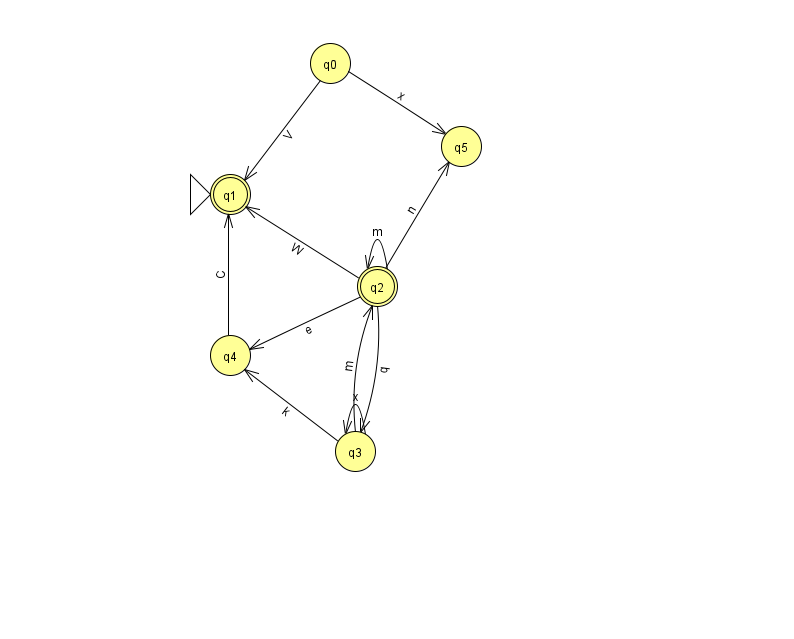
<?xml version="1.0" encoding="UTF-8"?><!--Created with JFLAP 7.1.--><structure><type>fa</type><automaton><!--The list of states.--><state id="0" name="q0"><x>330.0</x><y>50.0</y></state><state id="1" name="q1"><x>230.0</x><y>181.0</y><initial/><final/></state><state id="2" name="q2"><x>377.0</x><y>273.0</y><final/></state><state id="3" name="q3"><x>355.0</x><y>438.0</y></state><state id="4" name="q4"><x>230.0</x><y>342.0</y></state><state id="5" name="q5"><x>461.0</x><y>133.0</y></state><!--The list of transitions.--><transition><from>2</from><to>1</to><read>W</read></transition><transition><from>0</from><to>5</to><read>x</read></transition><transition><from>3</from><to>2</to><read>m</read></transition><transition><from>0</from><to>1</to><read>V</read></transition><transition><from>3</from><to>3</to><read>x</read></transition><transition><from>2</from><to>4</to><read>e</read></transition><transition><from>2</from><to>3</to><read>q</read></transition><transition><from>2</from><to>2</to><read>m</read></transition><transition><from>3</from><to>4</to><read>k</read></transition><transition><from>2</from><to>5</to><read>n</read></transition><transition><from>4</from><to>1</to><read>C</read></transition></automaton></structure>